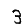
Digit: 3